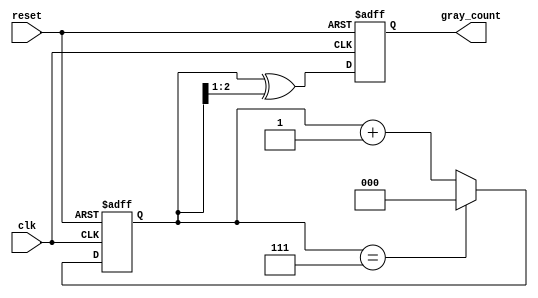
module gray_code_counter (
    input wire clk,          // Clock input
    input wire reset,        // Asynchronous reset input
    output reg [2:0] gray_count // 3-bit Gray code output (adjust width as necessary)
);

    // Internal binary counter
    reg [2:0] binary_count; // 3-bit binary counter to count in binary

    // Gray code conversion function
    function [2:0] to_gray;
        input [2:0] binary;
        begin
            to_gray = binary ^ (binary >> 1);
        end
    endfunction

    // Asynchronous reset and clock process
    always @(posedge clk or posedge reset) begin
        if (reset) begin
            binary_count <= 3'b000; // Initialize binary counter to 0
            gray_count <= 3'b000;    // Initialize Gray code output
        end else begin
            // Increment the binary counter
            if (binary_count == 3'b111) begin
                binary_count <= 3'b000; // Wrap around if maximum value reached
            end else begin
                binary_count <= binary_count + 1; // Increment binary counter
            end
            
            // Update the gray code output
            gray_count <= to_gray(binary_count); // Convert binary to Gray code
        end
    end

endmodule